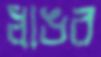
ধাঙর